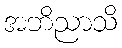
အဘိညာသိ